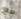
مع